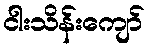
ငါးသိန်းကျော်